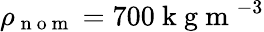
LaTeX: \rho_{\mathrm{~n~o~m~}}=700\mathrm{~k~g~m~}^{-3}